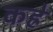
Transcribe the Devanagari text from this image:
कह्रे